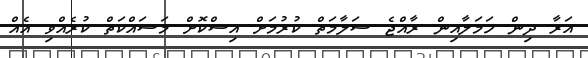
އަރާ ދިން ހަމަލާއިން ރާއްޖެ ސަލާމަތް ކުރުމަށް އިސްކޮށް މަސައްކަތް ކުރެއްވި އެއް